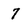
Character: 7